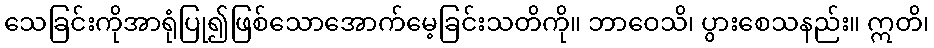
သေခြင်းကိုအာရုံပြု၍ဖြစ်သောအောက်မေ့ခြင်းသတိကို။ ဘာဝေသိ၊ ပွားစေသနည်း။ ဣတိ၊